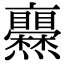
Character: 𤓥